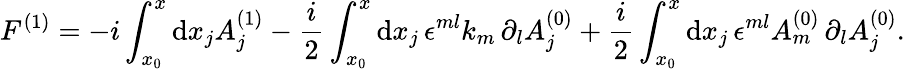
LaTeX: F^{(1)}=-i\int_{x_{0}}^{x}\mathrm{d}x_{j}A_{j}^{(1)}-\frac{{i}}{{2}}\int_{x_{0}}^{x}\mathrm{d}x_{j}\, \epsilon^{ml}k_{m}\, \partial_{l}A_{j}^{(0)}+\frac{{i}}{{2}}\int_{x_{0}}^{x}\mathrm{d}x_{j}\, \epsilon^{ml}A_{m}^{(0)}\, \partial_{l}A_{j}^{(0)}.